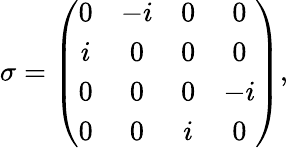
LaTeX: \sigma=\left(\begin{array}{cccc}{0}&{-i}&{0}&{0}\\ {i}&{0}&{0}&{0}\\ {0}&{0}&{0}&{-i}\\ {0}&{0}&{i}&{0}\end{array}\right),